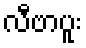
လီဗာပူး